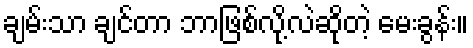
ချမ်းသာ ချင်တာ ဘာဖြစ်လို့လဲဆိုတဲ့ မေးခွန်း။